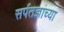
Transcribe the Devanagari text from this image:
सर्पतज्ञांच्या